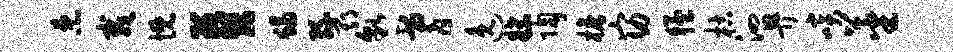
患栽慨葵蝎缘期貌耆逸牒陶檐窈猛枯泗畀啖蕃